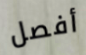
أفصل